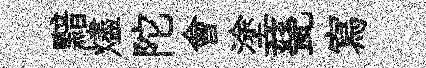
黯燼陀會塗甆寫